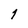
Character: 1